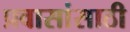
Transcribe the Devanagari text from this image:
प्रवासांसाठी